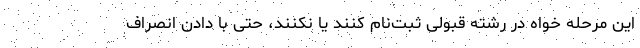
این مرحله خواه در رشته قبولی ثبت‌نام کنند یا نکنند، حتی با دادن انصراف